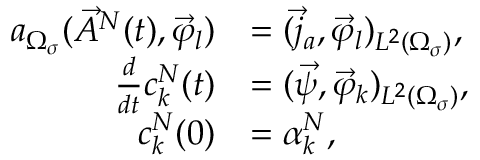
\begin{array} { r l } { a _ { \Omega _ { \sigma } } ( \vec { A } ^ { N } ( t ) , \vec { \varphi } _ { l } ) } & { = ( \vec { j } _ { a } , \vec { \varphi } _ { l } ) _ { L ^ { 2 } ( \Omega _ { \sigma } ) } , } \\ { \frac { d } { d t } c _ { k } ^ { N } ( t ) } & { = ( \vec { \psi } , \vec { \varphi } _ { k } ) _ { L ^ { 2 } ( \Omega _ { \sigma } ) } , } \\ { c _ { k } ^ { N } ( 0 ) } & { = \alpha _ { k } ^ { N } , } \end{array}